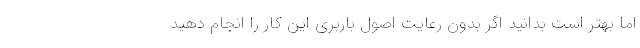
اما بهتر است بدانید اگر بدون رعایت اصول باربری این کار را انجام دهید